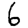
Digit: 6